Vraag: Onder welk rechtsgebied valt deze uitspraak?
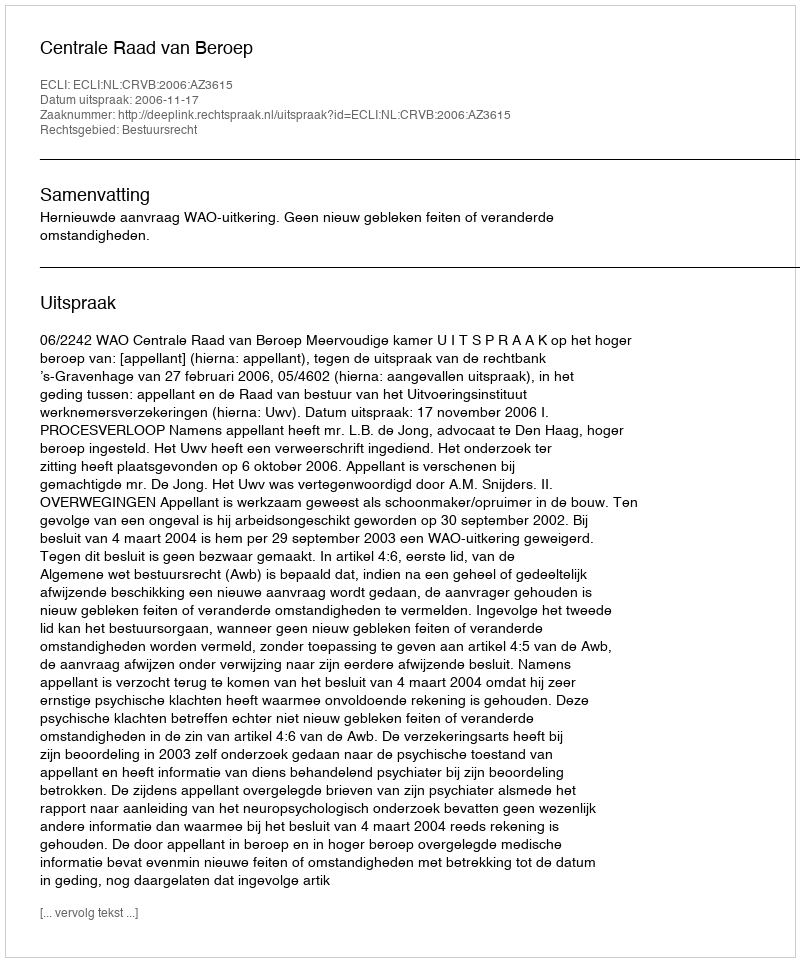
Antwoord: Bestuursrecht